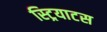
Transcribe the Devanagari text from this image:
स्ट्रियाटस